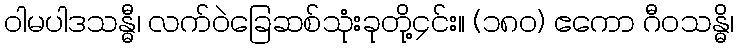
ဝါမပါဒသန္ဓီ၊ လက်ဝဲခြေဆစ်သုံးခုတို့၄င်း။ (၁၈၀) ဧကော ဂီဝသန္ဓိ၊